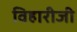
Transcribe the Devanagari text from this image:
विहारीजी